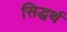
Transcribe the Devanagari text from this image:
सिद्धर्थ